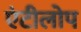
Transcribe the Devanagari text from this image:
एंटीलोप